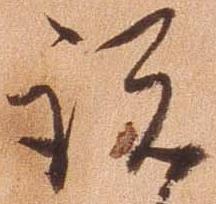
説